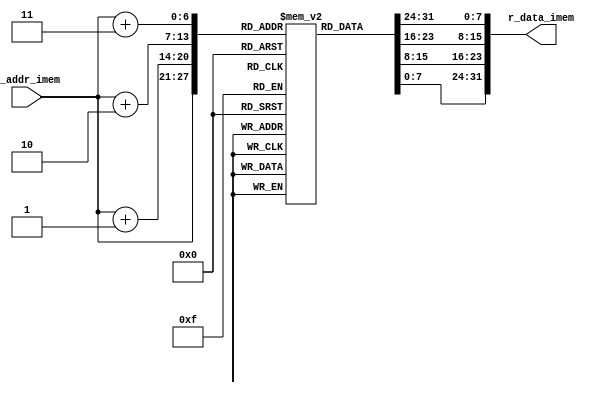


module instr_mem(
    input [6:0] r_addr_imem,
    output reg [31:0] r_data_imem
);

reg [7:0] imem [0:127];

always @(*) begin
    // output is not 4-aligned but we assume pc%4==0 always holds
    r_data_imem = {imem[r_addr_imem + 3],imem[r_addr_imem + 2],imem[r_addr_imem + 1],imem[r_addr_imem]};    
end
endmodule